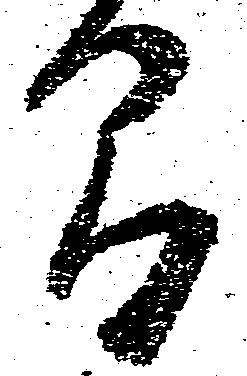
間